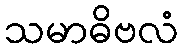
သမာဓိဗလံ